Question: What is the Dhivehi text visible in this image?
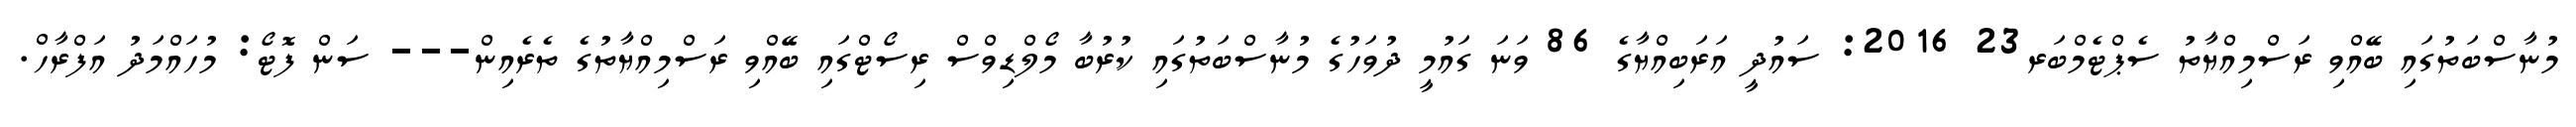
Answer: މުނާސްބަތުގައި ބޭއްވި ރަސްމިއްޔާތު ސެޕްޓެމްބަރ23 2016: ސައުދީ އަރަބިއްޔާގެ 86 ވަނަ ގައުމީ ދުވަހުގެ މުނާސްބަތުގައި ކުރުބާ މޯލްޑިވްސް ރިސޯޓްގައި ބޭއްވި ރަސްމިއްޔާތުގެ ތެރެއިން--- ސަން ފޮޓޯ: މުހައްމަދު އަފްރާހް.